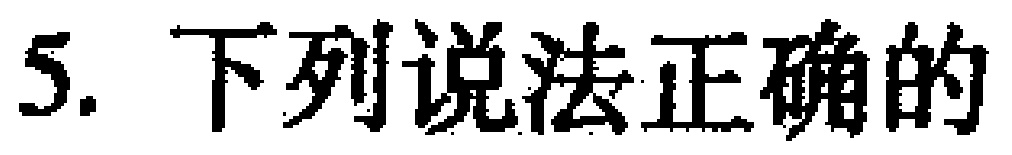
5. 下列说法正确的